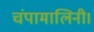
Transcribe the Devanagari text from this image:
चंपामालिनी।